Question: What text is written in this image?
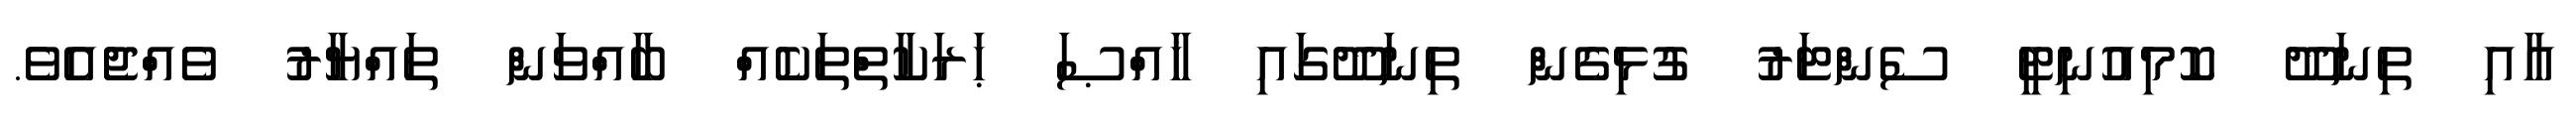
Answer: އާއި ތިނަދޫ ކޮމިއުނިޓީ ސެންޓަރު ގުޅިގެން ތިނަދޫގައި ޚާއްޞަ ޙަރަކާތްތަކެއް ބާއްވަން ތައްޔާރު ވެއްޖެއެވެ.